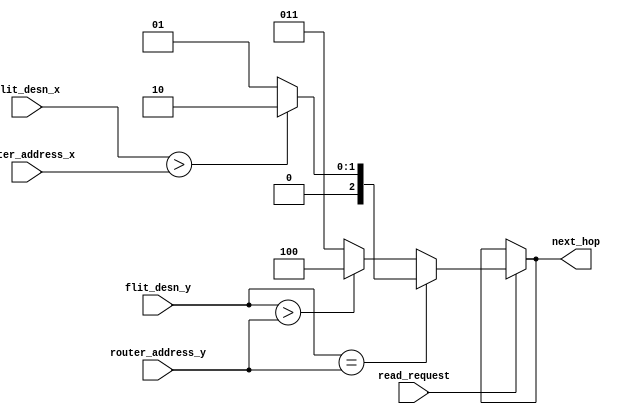
// Require one such table for each router
// Need to fill out the case statements to create the loookup table
`define MESH_SIZE 3  // 7x7 mesh, 3 bits for each dimension`s address
`define NORTH 3'b001
`define SOUTH 3'b010
`define WEST 3'b011
`define EAST 3'b100

module routing_table(router_address_x,router_address_y,flit_desn_x,flit_desn_y,next_hop,read_request);

input  [`MESH_SIZE-1 :0]router_address_x;
input  [`MESH_SIZE-1 :0]router_address_y;
input  [`MESH_SIZE-1 :0]flit_desn_x;
input  [`MESH_SIZE-1 :0]flit_desn_y;
input read_request;
output[2:0] next_hop;

reg [2:0] temp_next_hop;
assign next_hop =(read_request)? temp_next_hop:next_hop ;

/*** THE ROUTING TABLE NEEDS TO BE POPULATED IN THE CASE STATEMENT BELOW, A DEFAULT XY ROUTING ALGORITHM IS IMPLEMENTED HERE */

always @(router_address_x or router_address_y or flit_desn_x or flit_desn_y)
begin

	if((flit_desn_y == router_address_y ))
	begin
		if((flit_desn_x > router_address_x))
			temp_next_hop = `SOUTH; 
		else
			temp_next_hop = `NORTH;
	end

	else
	begin
		if((flit_desn_y > router_address_y ))
			temp_next_hop = `EAST;
		else
			temp_next_hop = `WEST;
	end
end
/* case ({flit_desn_x,flit_desn_y})
	6'b000_001: temp_next_hop = `NORTH;
	default :  temp_next_hop = `SOUTH;
endcase*/
endmodule